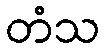
တံသ